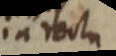
in recta